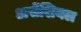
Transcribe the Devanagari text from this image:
असेंशियल